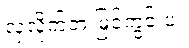
လှလိုက်တဲ့ မြင်ကွင်းပဲ။